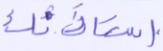
استأذنك